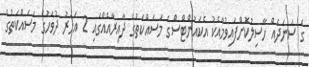
ގެ ސަނަދެއް ހާސިލުކޮށްފައިވުމާއެކު އެކައުންޓްސްގެ މަސައްކަތުގެ ދާއިރާއެއްގައި 2 އަހަރު ދުވަހުގެ މަސައްކަތުގެ